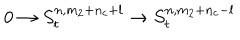
0 \rightarrow S _ { t } ^ { n , m _ { 2 } + n _ { c } + l } \rightarrow S _ { t } ^ { n , m _ { 2 } + n _ { c } - l }